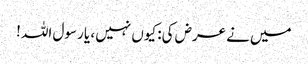
میں نے عرض کی: کیوں نہیں ، یا رسول اللہ !